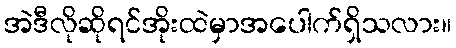
အဲဒီလိုဆိုရင်အိုးထဲမှာအပေါက်ရှိသလား။